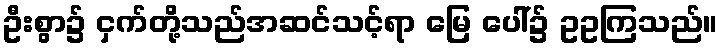
ဦးစွာ၌ ငှက်တို့သည်အဆင်သင့်ရာ မြေ ပေါ်၌ ဥဥကြသည်။